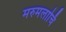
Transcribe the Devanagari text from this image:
मरुमलार्चि